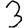
Digit: 3